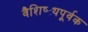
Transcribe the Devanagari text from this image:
वैशिष्ट्यपूर्वक